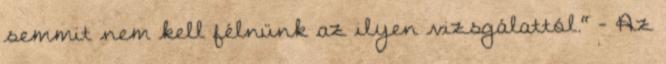
semmit nem kell félnünk az ilyen vizsgálattól." - Az